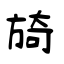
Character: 旑